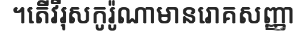
។តើវីរុសកូរ៉ូណាមានរោគសញ្ញា